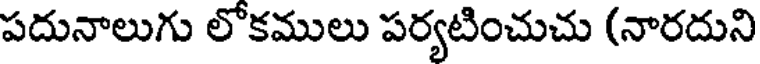
పదునాలుగు లోకములు పర్యటించుచు (నారదుని